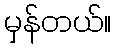
မှန်တယ်။